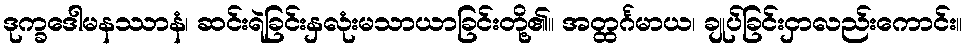
ဒုက္ခဒေါမနဿာနံ၊ ဆင်းရဲခြင်းနှလုံးမသာယာခြင်းတို့၏။ အတ္ထင်္ဂမာယ၊ ချုပ်ခြင်းငှာလည်းကောင်း။